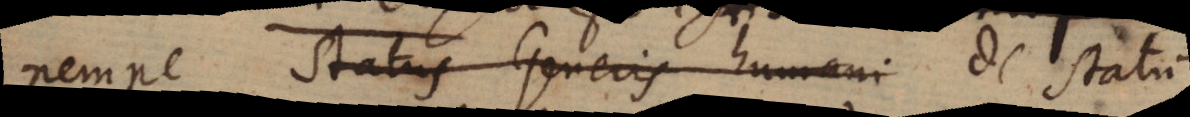
nempe Status Generis humani de statu